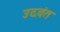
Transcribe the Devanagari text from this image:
उदवंत